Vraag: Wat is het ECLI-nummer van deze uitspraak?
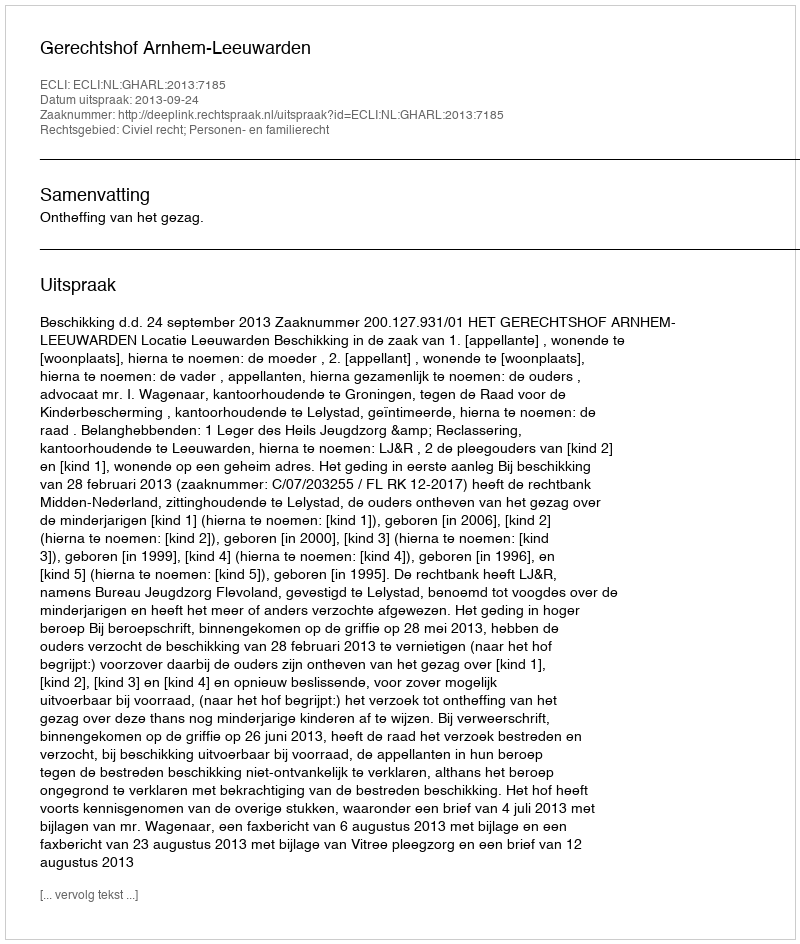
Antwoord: ECLI:NL:GHARL:2013:7185